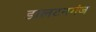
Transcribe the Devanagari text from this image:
डालटनगंज